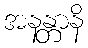
အနန္တာနိ